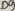
Text: D9